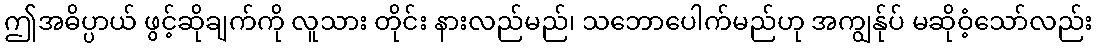
ဤအဓိပ္ပာယ် ဖွင့်ဆိုချက်ကို လူသား တိုင်း နားလည်မည်၊ သဘောပေါက်မည်ဟု အကျွန်ုပ် မဆိုဝံ့သော်လည်း